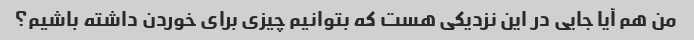
من هم آیا جایی در این نزدیکی هست که بتوانیم چیزی برای خوردن داشته باشیم؟